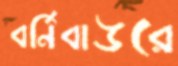
বর্নিবাউরে